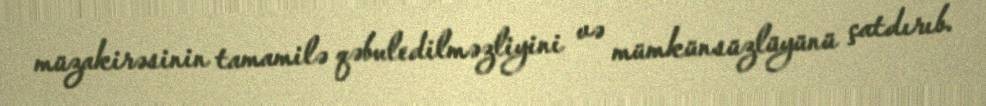
müzakirəsinin tamamilə qəbuledilməzliyini və mümkünsüzlüyünü çatdırıb.